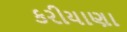
કરીયાણા